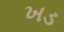
ખડ